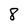
Character: 8